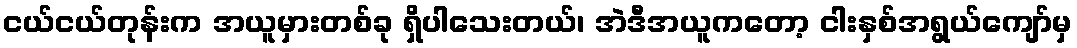
ငယ်ငယ်တုန်းက အယူမှားတစ်ခု ရှိပါသေးတယ်၊ အဲဒီအယူကတော့ ငါးနှစ်အရွယ်ကျော်မှ